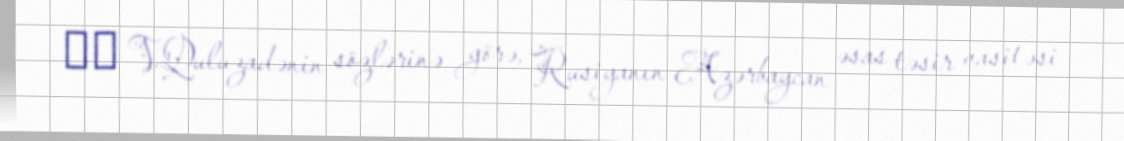
​​ V.Quluzadənin sözlərinə görə, Rusiyanın Azərbaycan əsas təsir vasitəsi